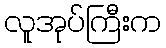
လူအုပ်ကြီးက